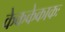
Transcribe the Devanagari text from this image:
केककेकाकः